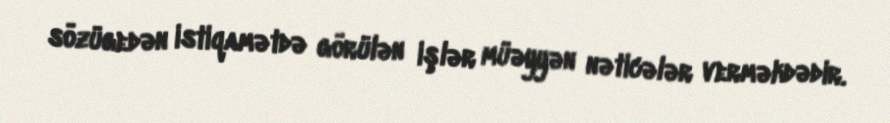
sözügedən istiqamətdə görülən işlər müəyyən nəticələr verməkdədir.